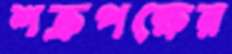
শক্রপক্ষের